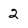
Character: 2